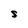
Character: s